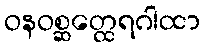
ဝနဝစ္ဆတ္ထေရဂါထာ